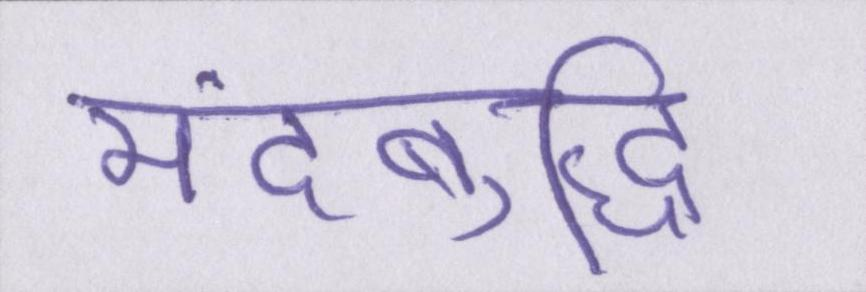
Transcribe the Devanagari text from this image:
मंदबुद्धि